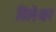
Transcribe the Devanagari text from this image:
विलेश्वर